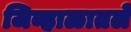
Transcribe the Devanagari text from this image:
जिव्हाळातले